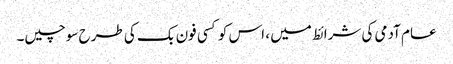
عام آدمی کی شرائط میں ، اس کو کسی فون بک کی طرح سوچیں۔